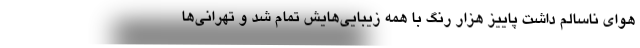
هوای ناسالم داشت پاییز هزار رنگ با همه زیبایی‌هایش تمام شد و تهرانی‌ها